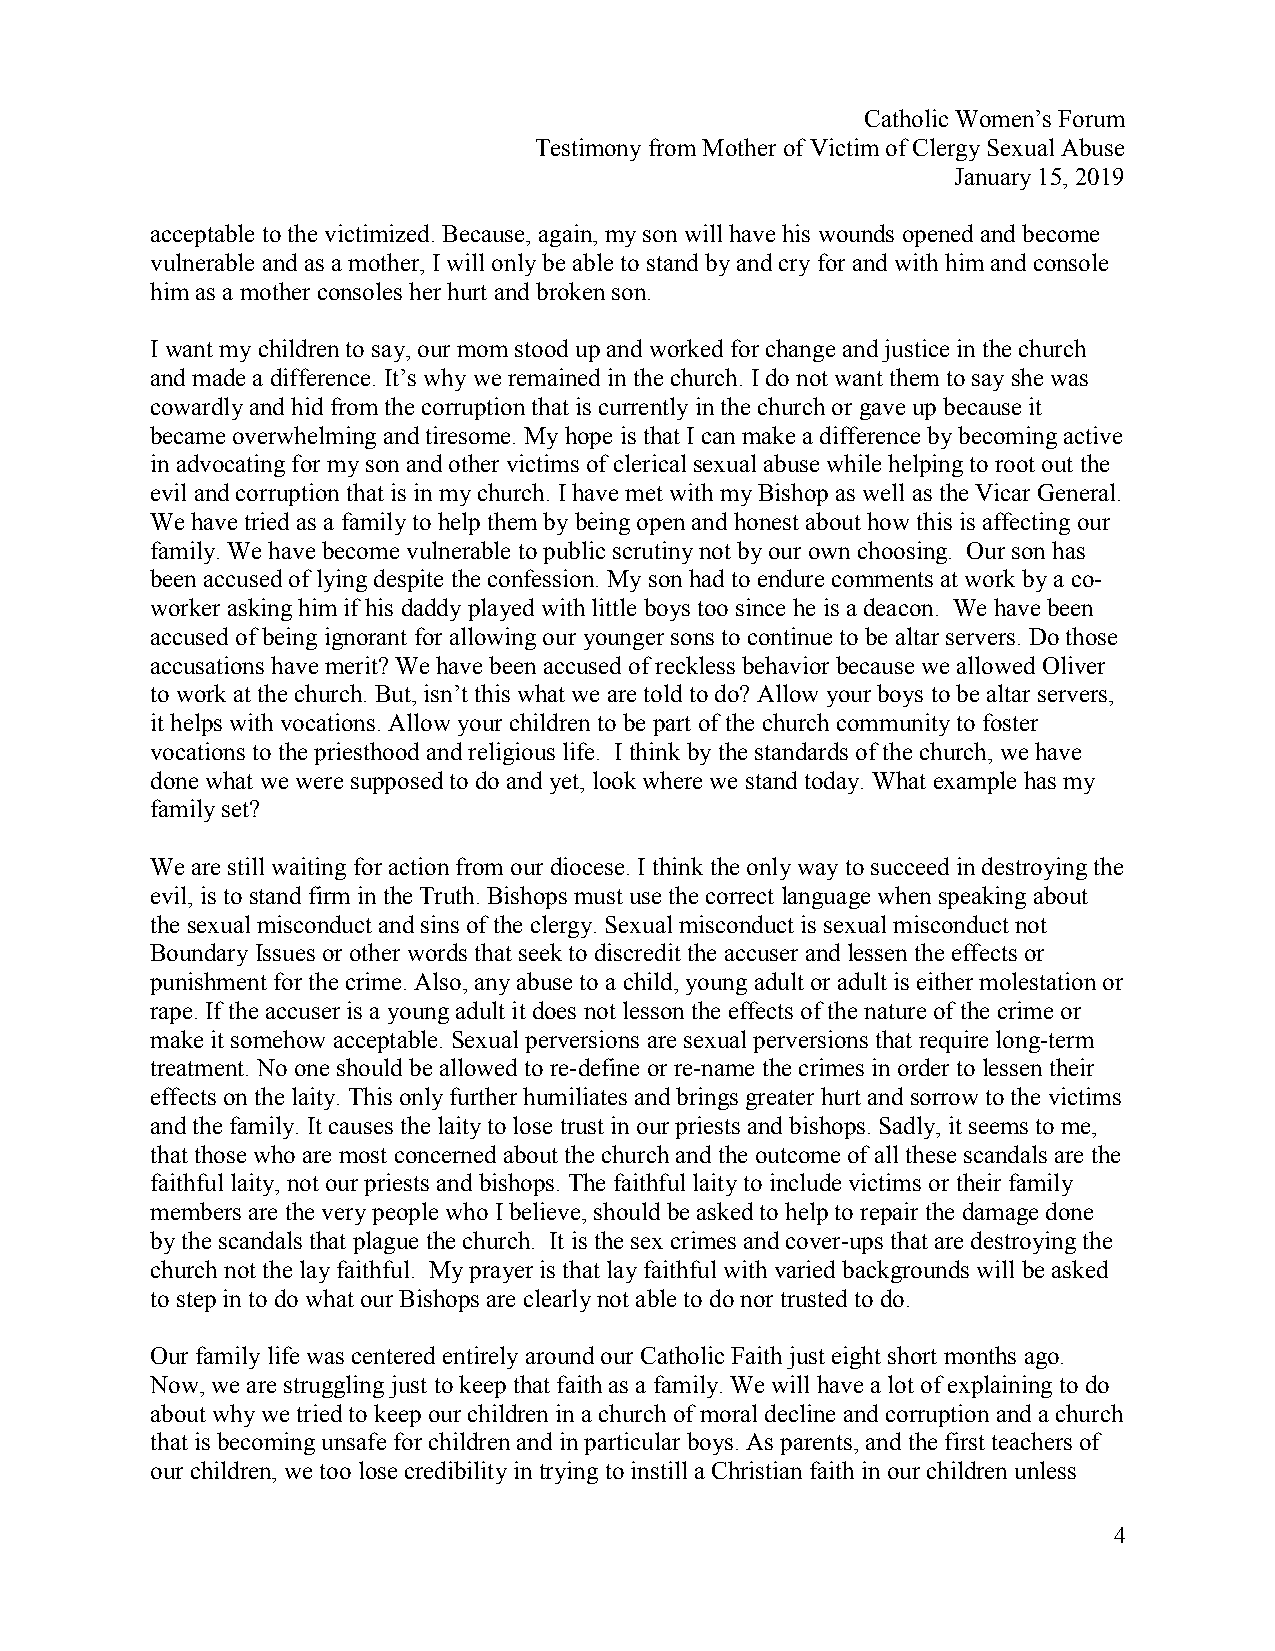
Catholic Women’s Forum
 Testimony from Mother of Victim of Clergy Sexual Abuse
 January 15, 2019
 acceptable to the victimized. Because, again, my son will have his wounds opened and become
 vulnerable and as a mother, I will only be able to stand by and cry for and with him and console
 him as a mother consoles her hurt and broken son.
 I want my children to say, our mom stood up and worked for change and justice in the church
 and made a difference. It’s why we remained in the church. I do not want them to say she was
 cowardly and hid from the corruption that is currently in the church or gave up because it
 became overwhelming and tiresome. My hope is that I can make a difference by becoming active
 in advocating for my son and other victims of clerical sexual abuse while helping to root out the
 evil and corruption that is in my church. I have met with my Bishop as well as the Vicar General.
 We have tried as a family to help them by being open and honest about how this is affecting our
 family. We have become vulnerable to public scrutiny not by our own choosing. Our son has
 been accused of lying despite the confession. My son had to endure comments at work by a co-
 worker asking him if his daddy played with little boys too since he is a deacon. We have been
 accused of being ignorant for allowing our younger sons to continue to be altar servers. Do those
 accusations have merit? We have been accused of reckless behavior because we allowed Oliver
 to work at the church. But, isn’t this what we are told to do? Allow your boys to be altar servers,
 it helps with vocations. Allow your children to be part of the church community to foster
 vocations to the priesthood and religious life. I think by the standards of the church, we have
 done what we were supposed to do and yet, look where we stand today. What example has my
 family set?
 We are still waiting for action from our diocese. I think the only way to succeed in destroying the
 evil, is to stand firm in the Truth. Bishops must use the correct language when speaking about
 the sexual misconduct and sins of the clergy. Sexual misconduct is sexual misconduct not
 Boundary Issues or other words that seek to discredit the accuser and lessen the effects or
 punishment for the crime. Also, any abuse to a child, young adult or adult is either molestation or
 rape. If the accuser is a young adult it does not lesson the effects of the nature of the crime or
 make it somehow acceptable. Sexual perversions are sexual perversions that require long-term
 treatment. No one should be allowed to re-define or re-name the crimes in order to lessen their
 effects on the laity. This only further humiliates and brings greater hurt and sorrow to the victims
 and the family. It causes the laity to lose trust in our priests and bishops. Sadly, it seems to me,
 that those who are most concerned about the church and the outcome of all these scandals are the
 faithful laity, not our priests and bishops. The faithful laity to include victims or their family
 members are the very people who I believe, should be asked to help to repair the damage done
 by the scandals that plague the church. It is the sex crimes and cover-ups that are destroying the
 church not the lay faithful. My prayer is that lay faithful with varied backgrounds will be asked
 to step in to do what our Bishops are clearly not able to do nor trusted to do.
 Our family life was centered entirely around our Catholic Faith just eight short months ago.
 Now, we are struggling just to keep that faith as a family. We will have a lot of explaining to do
 about why we tried to keep our children in a church of moral decline and corruption and a church
 that is becoming unsafe for children and in particular boys. As parents, and the first teachers of
 our children, we too lose credibility in trying to instill a Christian faith in our children unless
 4